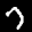
Label: 7